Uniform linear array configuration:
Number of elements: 8
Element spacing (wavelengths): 0.25
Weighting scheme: exponential
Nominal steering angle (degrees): -30
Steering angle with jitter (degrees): -28.897
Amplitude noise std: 0.05
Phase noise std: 0.05

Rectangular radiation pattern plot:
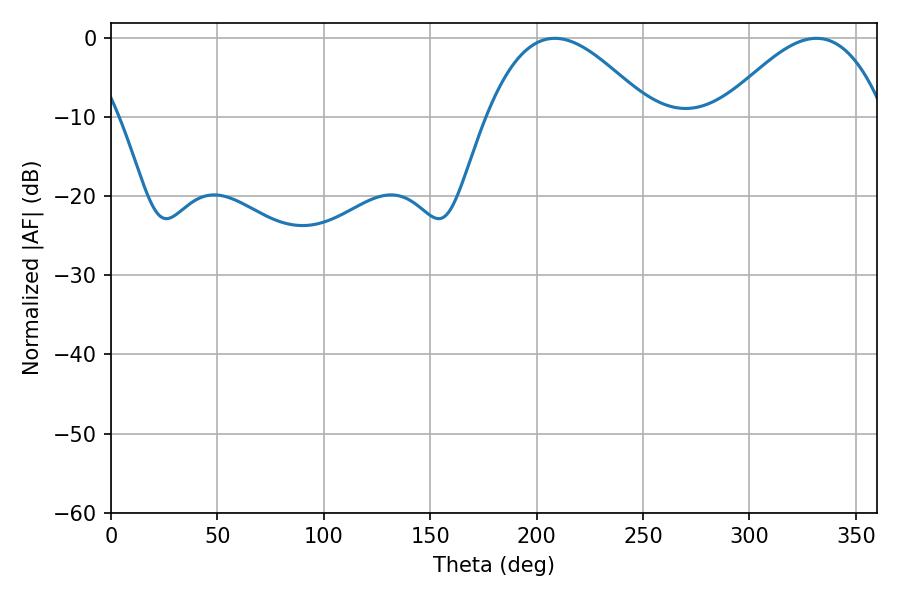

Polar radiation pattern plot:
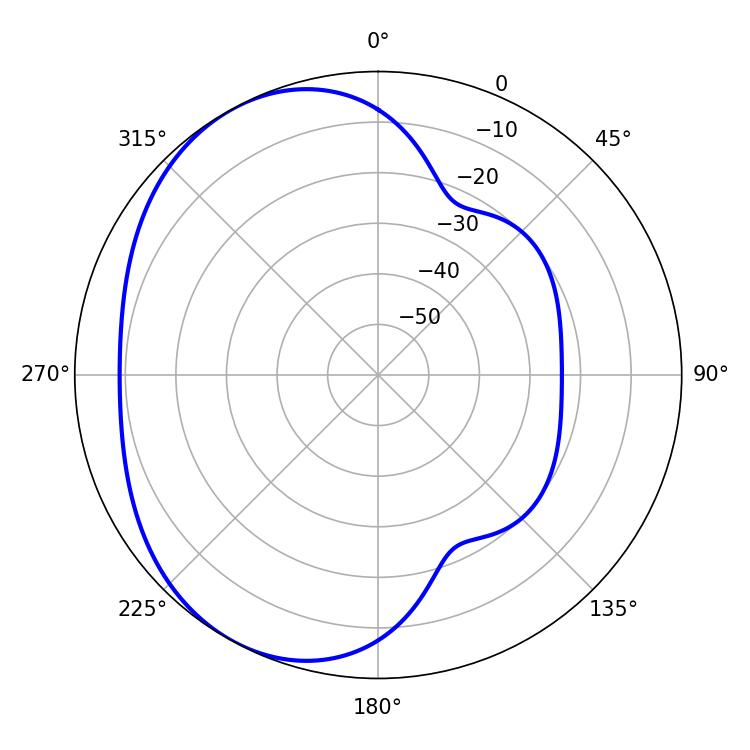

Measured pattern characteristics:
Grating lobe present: FALSE
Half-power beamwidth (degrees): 41.76
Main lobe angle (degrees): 208.62